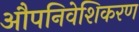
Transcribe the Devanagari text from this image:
औपनिवेशिकरण